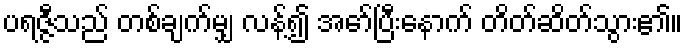
ပရဇ္ဇီသည် တစ်ချက်မျှ လန့်၍ အော်ပြီးနောက် တိတ်ဆိတ်သွား၏။